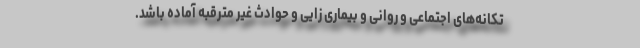
تکانه‌های اجتماعی و روانی و بیماری زایی و حوادث غیر مترقبه آماده باشد.